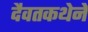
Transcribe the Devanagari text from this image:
दैवतकथेने